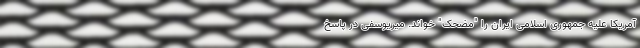
آمریکا علیه جمهوری اسلامی ایران را "مضحک" خواند. میریوسفی در پاسخ